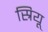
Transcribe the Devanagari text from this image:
स्रियू